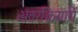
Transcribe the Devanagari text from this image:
अंतरक्रियायें